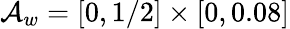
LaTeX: \mathcal{A}_{w}=[0,1/2]\times[0,0.08]